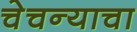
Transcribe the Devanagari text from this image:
चेचन्याचा